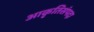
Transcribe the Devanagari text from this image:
आकृतिसंपदा